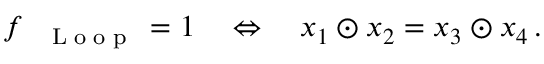
f _ { \mathrm { ~ \tiny ~ \textnormal ~ { ~ L ~ o ~ o ~ p ~ } ~ } } = 1 \quad \Leftrightarrow \quad x _ { 1 } \odot x _ { 2 } = x _ { 3 } \odot x _ { 4 } \, .